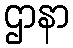
ဌာနာ